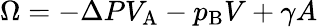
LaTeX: \Omega=-\Delta PV_{\mathrm{{A}}}-p_{\mathrm{{B}}}V+\gamma A